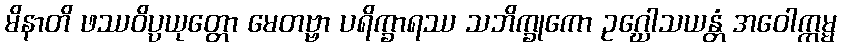
မိနာတိ ဖဿဝိပ္ပယုတ္တော မေတဗ္ဗာ ပရိက္ခာရဿ သဘိက္ခုကော ဥဂ္ဃေါသယန္တံ အဝေါက္ကမ္မ